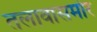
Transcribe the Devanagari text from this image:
तलावासमोर